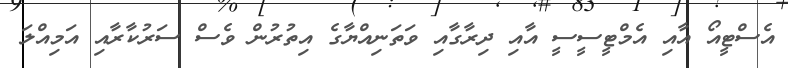
އެސްޓީއޯ އާއި އެމްޓީސީސީ އާއި ދިރާގާއި ވަތަނިއްޔާގެ އިތުރުން ވެސް ސަރުކާރާއި އަމިއްލަ